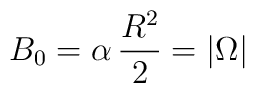
B_0=\alpha\,\frac{R^2}{2}=|\Omega|